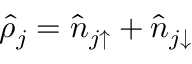
\hat { \rho } _ { j } = \hat { n } _ { j \uparrow } + \hat { n } _ { j \downarrow }